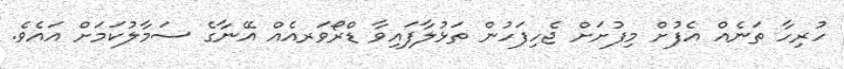
ހުރިހާ ތަނެއް އެފުށް މިފުށަށް ޖެހިފަހުން ތަޅުލާފައިވާ ޑްރޯވަރއެއް އޭނާގެ ސަމާލުކަމަށް އައެވެ.